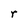
Character: r